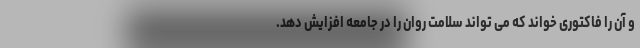
و آن را فاکتوری خواند که می تواند سلامت روان را در جامعه افزایش دهد.